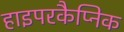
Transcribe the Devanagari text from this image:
हाइपरकैप्निक